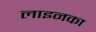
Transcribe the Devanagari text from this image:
लाइनका